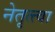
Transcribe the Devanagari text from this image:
नेतृत्त्वा